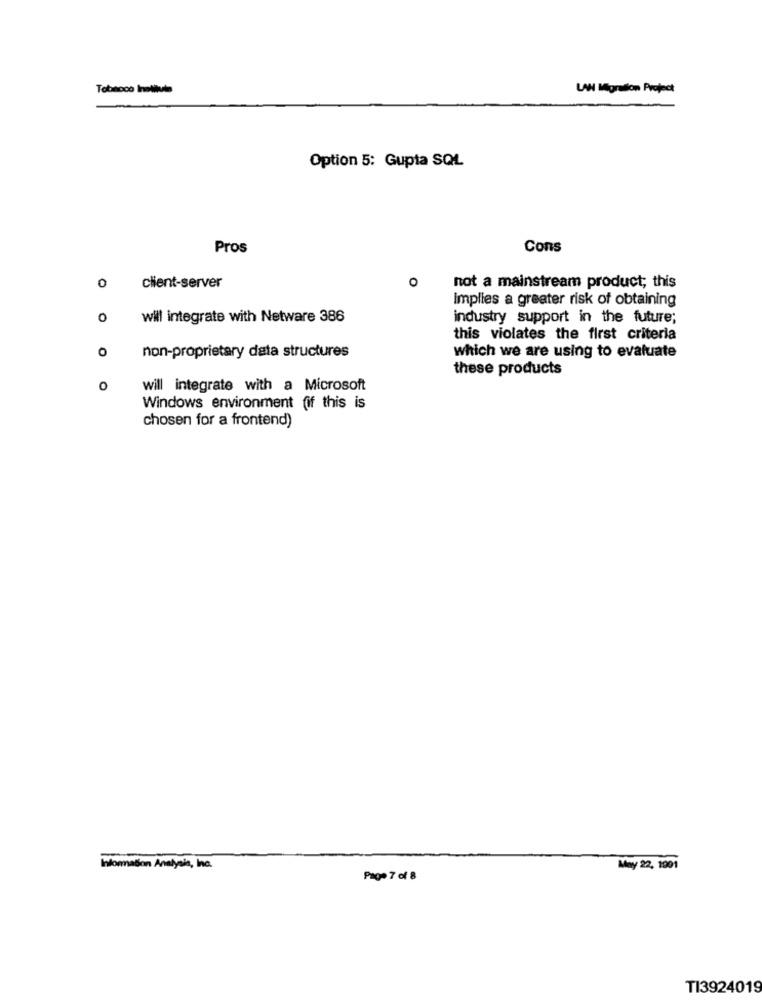
Tobacco Instituts
LAN Migration Project
Option 5: Gupta SQL
Pros
Cons
0
client-server
O
not a mainstream product; this
Implies a greater risk of obtaining
0
will integrate with Netware 386
industry support in the future;
this violates the first criteria
0
non-proprietary data structures
which we are using to evaluate
these products
will integrate with a Microsoft
Windows environment fif this is
chosen for a frontend)
Information Analysis, Inc.
May 22, 1901
Page 7 of 8
TI3924019